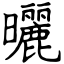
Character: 曬